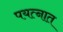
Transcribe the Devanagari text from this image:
पयत्नात